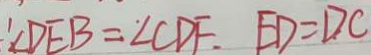
\therefore \angle D E B = \angle C D F . E D = D C